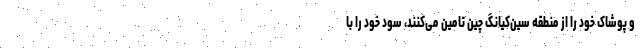
و پوشاک خود را از منطقه سین‌کیانگ چین تامین می‌کنند، سود خود را با